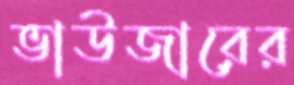
ভাউজারের